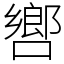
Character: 㗽